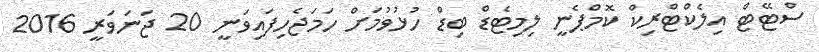
ސްޓޭޓް އިލެކްޓްރިކް ކޮމްޕެނީ ލިމިޓެޑް ބިޑް ހުޅުވުމަށް ހަމަޖެހިފައިވަނީ 20 ޖަނަވަރީ 2016